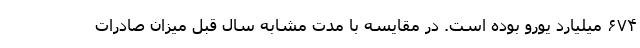
۶۷۴ میلیارد یورو بوده است. در مقایسه با مدت مشابه سال قبل میزان صادرات